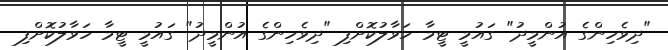
"ދިވެހިންގެ އުންމީދު" ގައުމީ ޓީމާ ހަވާލުކޮށްފި "ދިވެހިންގެ އުންމީދު" ގައުމީ ޓީމާ ހަވާލުކޮށްފި